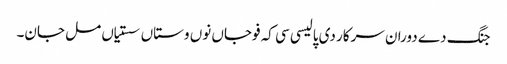
جنگ دے دوران سرکار دی پالیسی سی کہ فوجاں نوں وستاں سستیاں مل جان۔